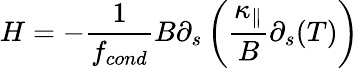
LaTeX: H=-\frac{1}{f_{cond}}B\partial_{s}\left(\frac{\kappa_{\parallel}}{B}\partial_{s}(T)\right)